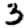
Digit: 3